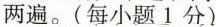
两遍.(每小题1分)